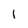
Character: 1